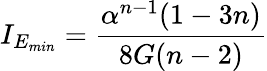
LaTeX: I_{E_{min}}=\frac{\alpha^{n-1}(1-3n)}{8G(n-2)}